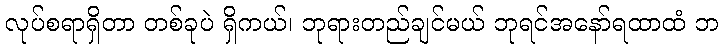
လုပ်စရာရှိတာ တစ်ခုပဲ ရှိကယ်၊ ဘုရားတည်ချင်မယ် ဘုရင်အနော်ရထာထံ ဘ